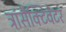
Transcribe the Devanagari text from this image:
ट्रांसैक्टिवेटर